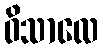
ဝိသာလေ